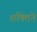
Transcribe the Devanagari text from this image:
शक्तिने